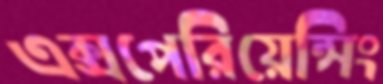
এক্সপেরিয়েন্সিং